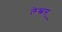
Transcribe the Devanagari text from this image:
लेस्बस्